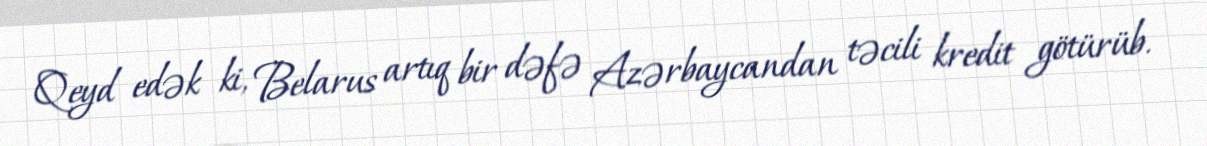
Qeyd edək ki, Belarus artıq bir dəfə Azərbaycandan təcili kredit götürüb.